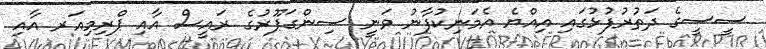
ސީސީގެ ދަތުރުފުޅުގައި އިއްޔެ އެމަނިކުފާނު ވަނީ ސިންގަޕޫރުގެ ރައީސް އާއި ޕްރިމިއަރ އާއި